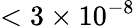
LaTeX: <3\times 10^{-8}